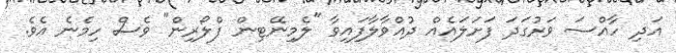
އަދި ހާއްސަ ވަރުގަދަ ފަށަލައެއް ދުއްވާލާފައިވާ "ލެމިނޭޓިން ފްލޯރިން" ވެސް ހިމެނެ އެވެ.